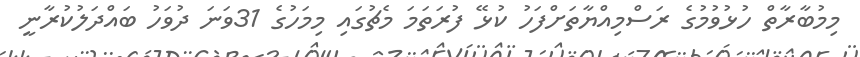
މިމުބާރާތް ހުޅުވުމުގެ ރަސްމިއްޔާތަށްފަހު ކުޅޭ ފުރަތަމަ މެޗުގައި މިމަހުގެ 31ވަނަ ދުވަހު ބައްދަލުކުރާނީ